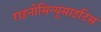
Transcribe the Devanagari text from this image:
राइनोसिन्यूसाइटिस